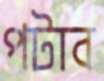
পটাব